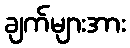
ချက်များအား